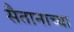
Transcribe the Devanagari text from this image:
सैतानाच्या